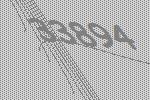
33894